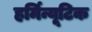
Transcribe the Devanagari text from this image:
हर्मिन्यूटिक